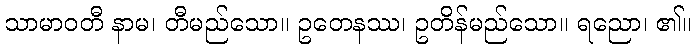
သာမာဝတီ နာမ၊ တီမည်သော။ ဥတေနဿ၊ ဥတိန်မည်သော။ ရညော၊ ၏။